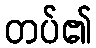
တပ်၏